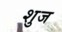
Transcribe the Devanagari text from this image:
शुज